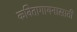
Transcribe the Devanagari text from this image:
कवितागायनासाठी